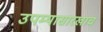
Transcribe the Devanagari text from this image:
उपम्यासारखाच